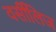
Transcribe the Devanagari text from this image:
वर्सीलिज